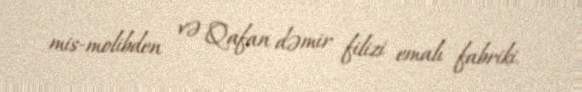
mis-molibden və Qafan dəmir filizi emalı fabriki.